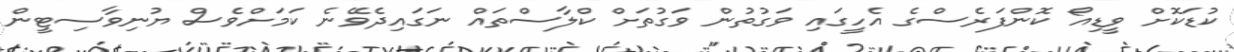
ކުޑަކޮށް ވީޑިއޯ ކޮންފަރެސްގެ އެހީގައި ވަގުތުން ވަގުތަށް ކްލާސްތައް ނަގައިދެވޭނެ ކަމަށްވެސް ޔުނިވާސިޓީން